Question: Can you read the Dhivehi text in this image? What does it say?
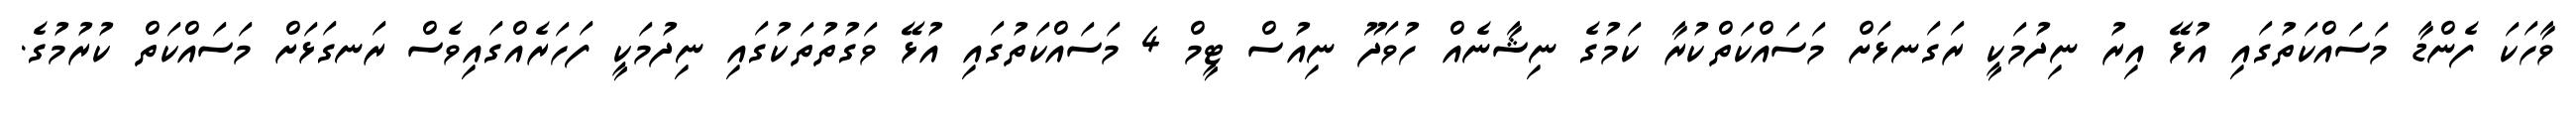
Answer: ވާހަކަ ފެންޑާ މަސައްކަތުގައި އުޅޭ އިރު ނިދުމަކީ ރަގަނޅަށް މަސައްކަތްކުރާ ކަމުގެ ނިޝާނެއް ހުވަދޫ ނިއުސް ޓީމް 4 މަސައްކަތުގައި އުޅޭ ވަގުތުތަކުގައި ނިދުމަކީ ފަހަރެއްގައިވެސް ރަނގަޅަށް މަސައްކަތް ކުރުމުގެ.